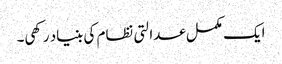
ایک مکمل عدالتی نظام کی بنیاد رکھی۔